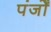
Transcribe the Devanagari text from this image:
पंजोँ